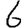
Digit: 6